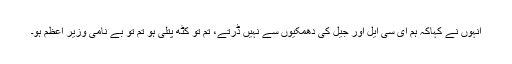
انہوں نے کہاکہ ہم ای سی ایل اور جیل کی دھمکیوں سے نہیں ڈرتے، تم تو کٹھ پتلی ہو تم تو بے نامی وزیر اعظم ہو۔